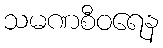
သမဏစီဝရေန